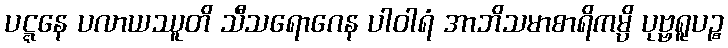
ပဋ္ဋနေ ပလာယဿူတိ သီသရောဂေန ပါဝါရံ အာဘိသမာစာရိကမ္ပိ ပုဗ္ဗရူပဉ္စ